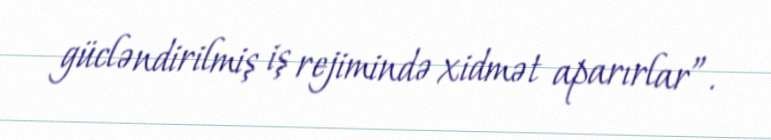
gücləndirilmiş iş rejimində xidmət aparırlar”.